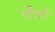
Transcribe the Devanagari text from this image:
लैसो